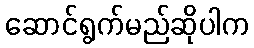
ဆောင်ရွက်မည်ဆိုပါက